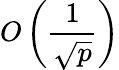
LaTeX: O\left({\frac{1}{\sqrt{p}}}\right)